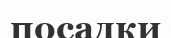
посадки